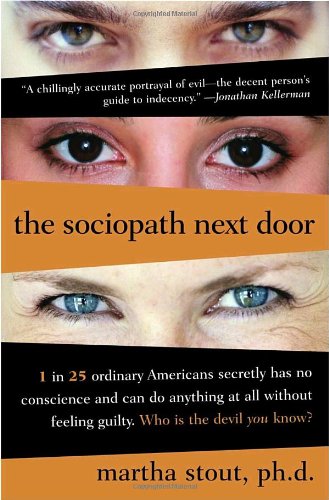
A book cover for The Sociopath Next Door; Martha Stout; Health, Fitness & Dieting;